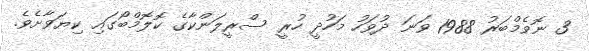
3 ނޮވެމްބަރު 1988 ވަނަ ދުވަހު މަހުދީ ހުރީ ސްރީލަންކާގެ ކޮލޮމްބޯގައި ކިޔަވާށެވެ.